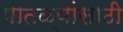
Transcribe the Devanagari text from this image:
पातळ्यांसाठी